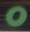
૦